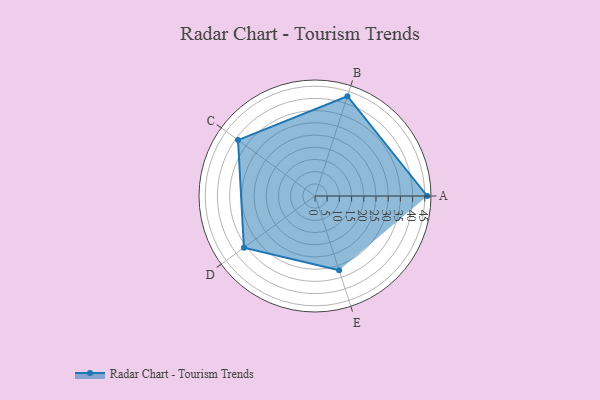
{"axis": {"x": "Skill", "y": "Score"}, "legend": ["Profile"], "data": [{"x": "A", "y": 46.0, "type": "Profile"}, {"x": "B", "y": 43.0, "type": "Profile"}, {"x": "C", "y": 39.0, "type": "Profile"}, {"x": "D", "y": 36.0, "type": "Profile"}, {"x": "E", "y": 32.0, "type": "Profile"}]}